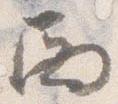
西